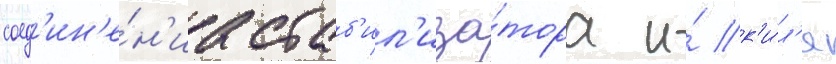
соед'ин'е́н'иа стаб'ил'иза́тора и́ к'и́л'я